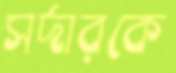
সর্দারকে